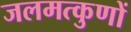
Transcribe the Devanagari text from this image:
जलमत्कुणों